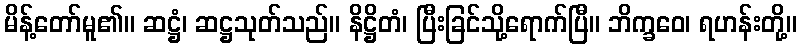
မိန့်တော်မူ၏။ ဆဋ္ဌံ၊ ဆဋ္ဌသုတ်သည်။ နိဋ္ဌိတံ၊ ပြီးခြင်သို့ရောက်ပြီ။ ဘိက္ခဝေ၊ ရဟန်းတို့။